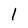
Character: 1